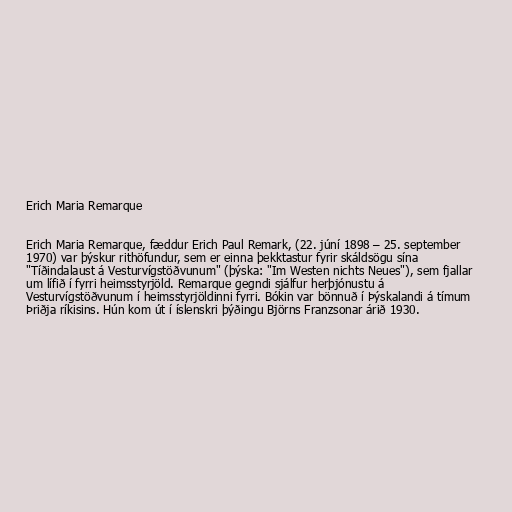
Erich Maria Remarque

Erich Maria Remarque, fæddur Erich Paul Remark, (22. júní 1898 – 25. september
1970) var þýskur rithöfundur, sem er einna þekktastur fyrir skáldsögu sína
"Tíðindalaust á Vesturvígstöðvunum" (þýska: "Im Westen nichts Neues"), sem fjallar
um lífið í fyrri heimsstyrjöld. Remarque gegndi sjálfur herþjónustu á
Vesturvígstöðvunum í heimsstyrjöldinni fyrri. Bókin var bönnuð í Þýskalandi á tímum
Þriðja ríkisins. Hún kom út í íslenskri þýðingu Björns Franzsonar árið 1930.